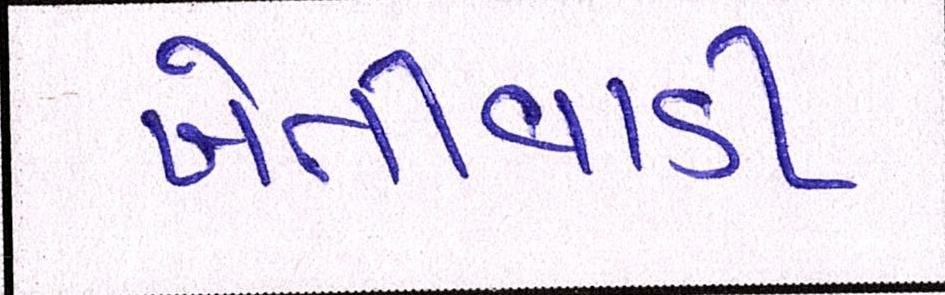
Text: ખેતીવાડી